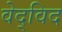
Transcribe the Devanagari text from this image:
वेद्‍विद